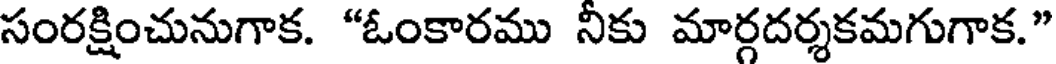
సంరక్షించునుగాక. "ఓంకారము నీకు మార్గదర్శకమగుగాక."